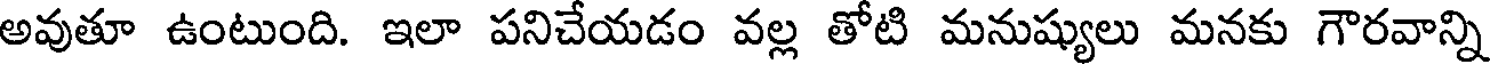
అవుతూ ఉంటుంది. ఇలా పనిచేయడం వల్ల తోటి మనుష్యులు మనకు గౌరవాన్ని